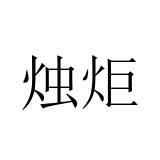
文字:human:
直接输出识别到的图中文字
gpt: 烛炬